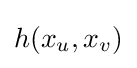
h(x_{u},x_{v})